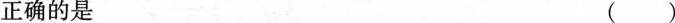
正确的是 ( )